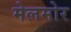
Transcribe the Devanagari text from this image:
मेलमोर